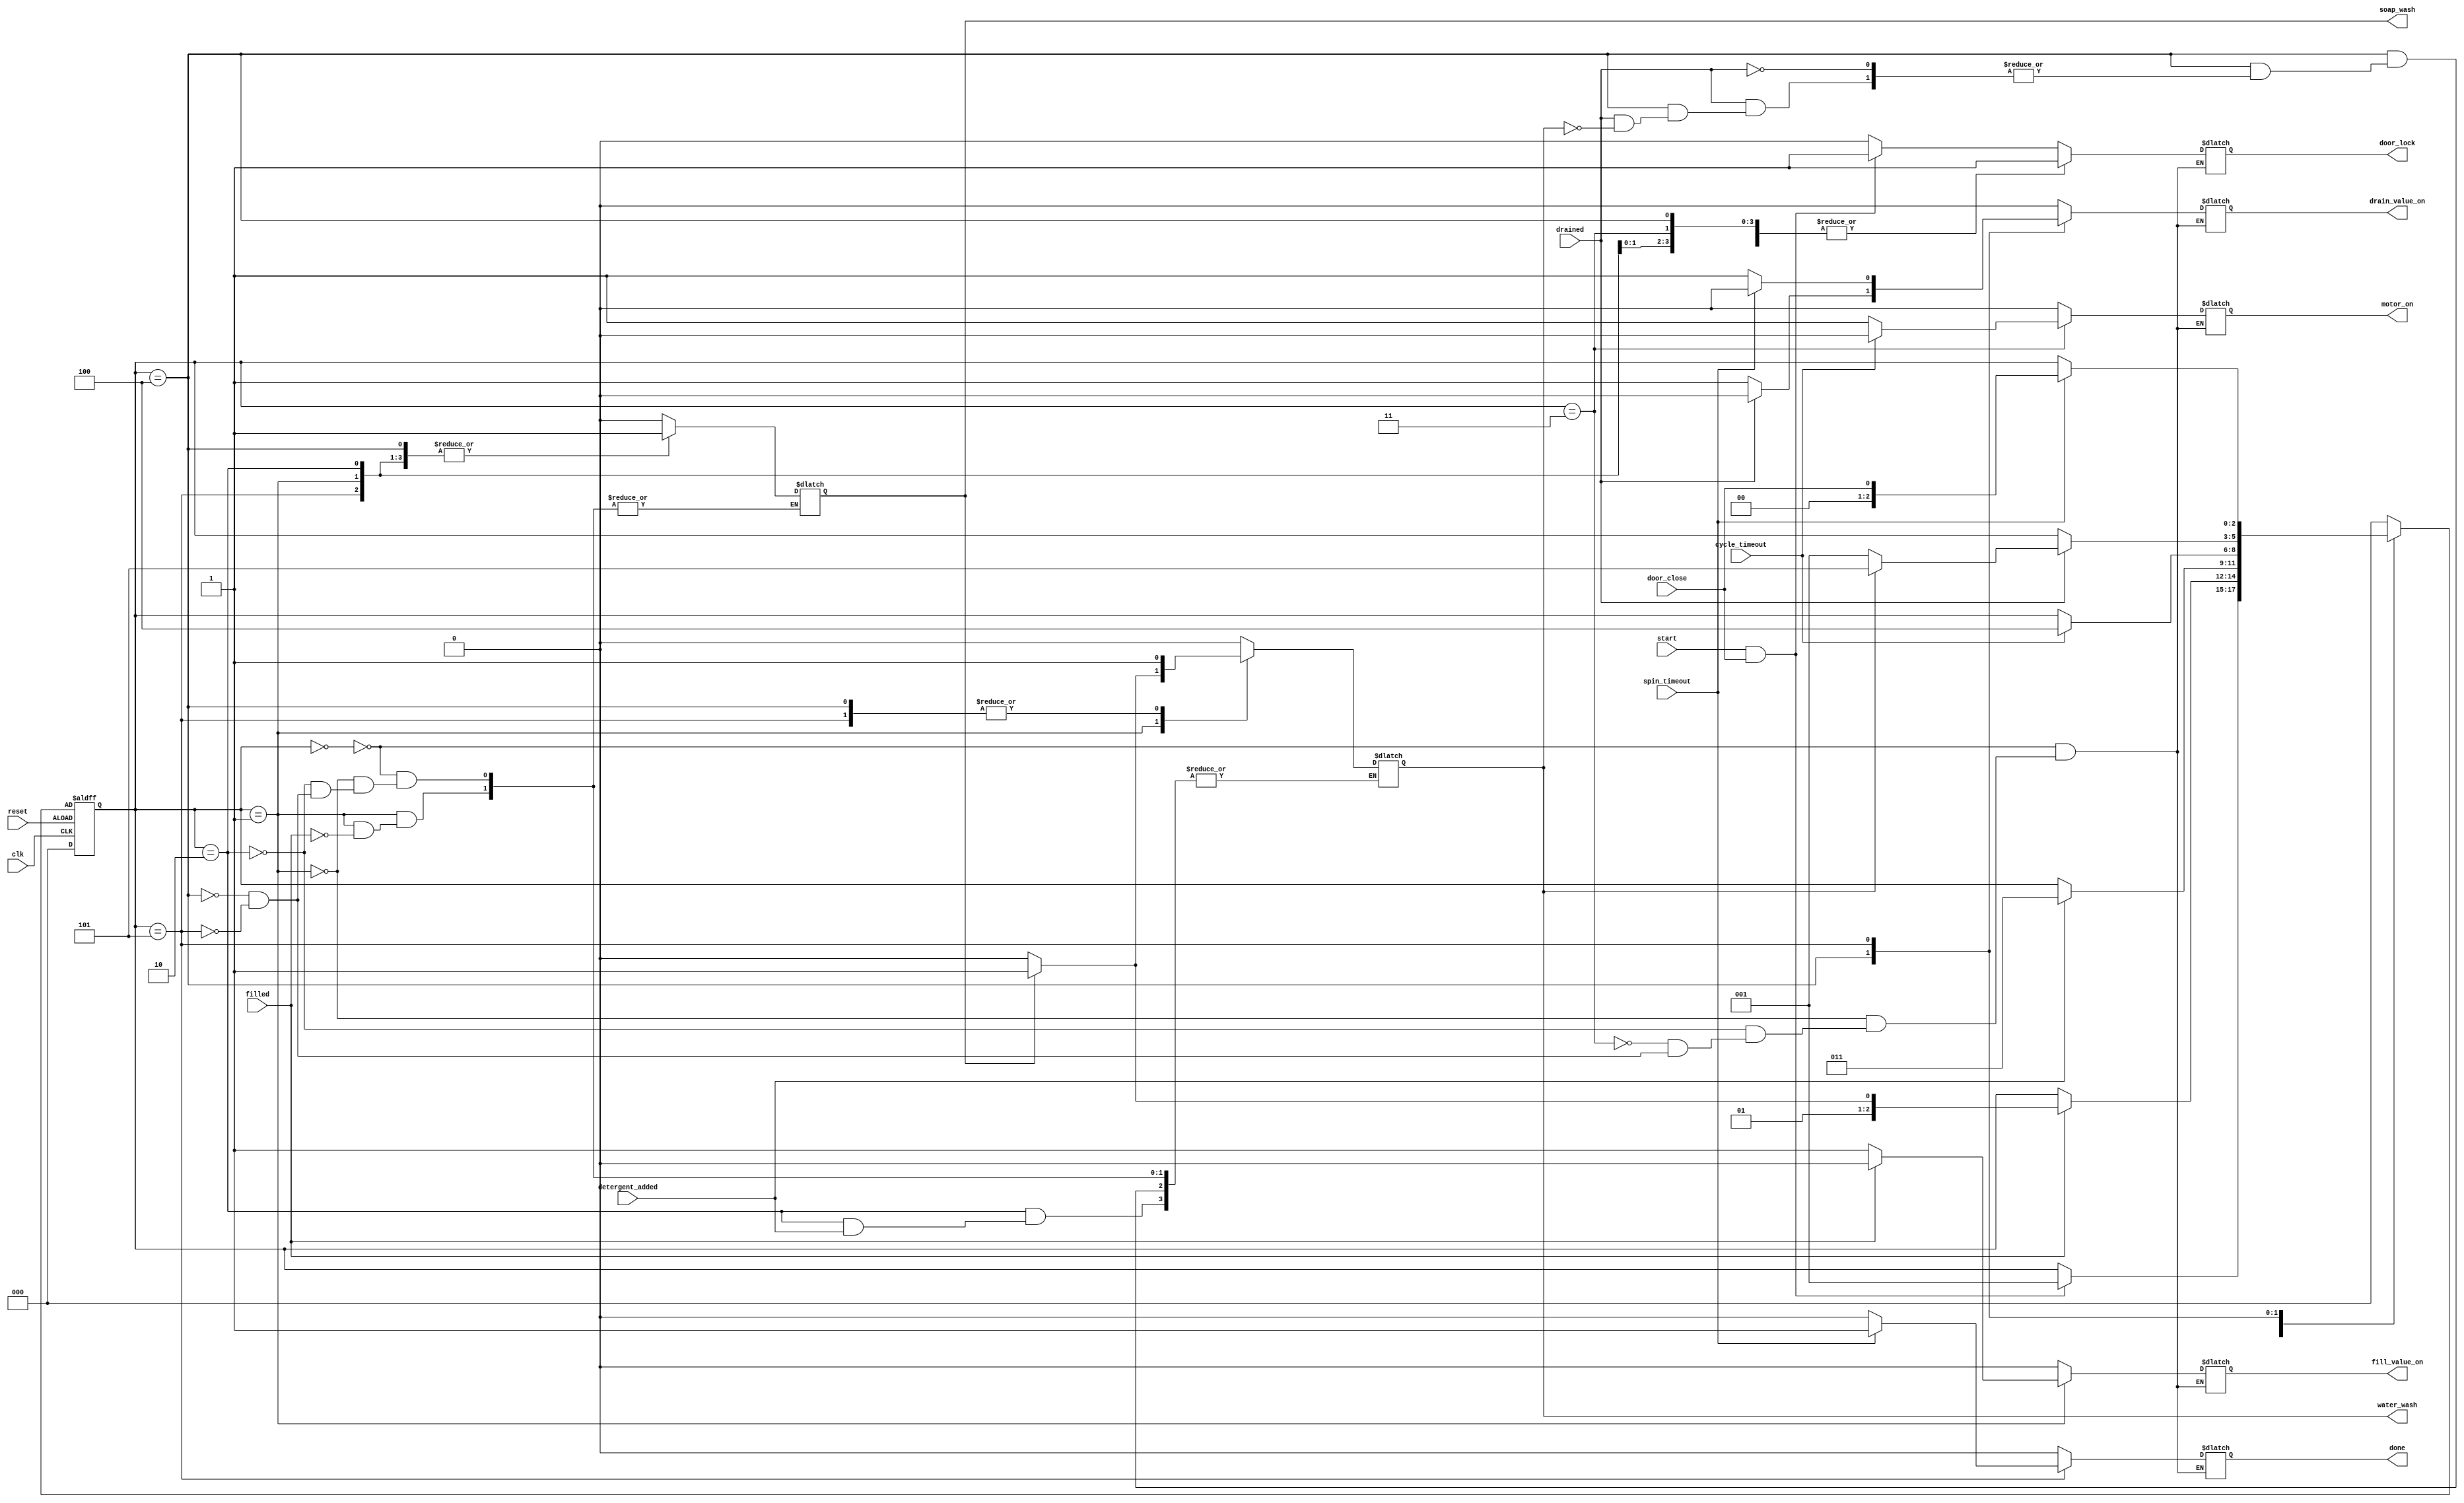
`timescale 10ns / 1ps

/////////////////////////////////
/////////////////////////////////
/////////////////////////////////
module automatic_washing_machine(clk, reset, door_close, start, filled, detergent_added, cycle_timeout, drained, spin_timeout, door_lock, motor_on, fill_value_on, drain_value_on, done, soap_wash, water_wash);

	input clk, reset, door_close, start, filled, detergent_added, cycle_timeout, drained, spin_timeout;
	output reg door_lock, motor_on, fill_value_on, drain_value_on, done, soap_wash, water_wash; 
	
	//defining the states
	parameter check_door = 3'b000;
	parameter fill_water = 3'b001;
	parameter add_detergent = 3'b010;
	parameter cycle = 3'b011;
	parameter drain_water = 3'b100;
	parameter spin = 3'b101;
	
	reg[2:0] current_state, next_state;
	
	always@(current_state or start or door_close or filled or detergent_added or drained or cycle_timeout or spin_timeout)
	begin
	case(current_state)
		check_door:
			if(start==1 && door_close==1)
			begin
				next_state = fill_water;
				motor_on = 0;
				fill_value_on = 0;
				drain_value_on = 0;
				door_lock = 1;
				soap_wash = 0;
				water_wash = 0;
				done = 0;
			end
			else
			begin
				next_state = current_state;
				motor_on = 0;
				fill_value_on = 0;
				drain_value_on = 0;
				door_lock = 0;
				soap_wash = 0;
				water_wash = 0;
				done = 0;
			end
			
			fill_water:
			if (filled==1)
			begin
				if(soap_wash == 0)
				begin
					next_state = add_detergent;
					motor_on = 0;
					fill_value_on = 0;
					drain_value_on = 0;
					door_lock = 1;
					soap_wash = 1;
					water_wash = 0;
					done = 0;
				end
				else
				begin
					next_state = cycle;
					motor_on = 0;
					fill_value_on = 0;
					drain_value_on = 0;
					door_lock = 1;
					soap_wash = 1;
					water_wash = 1;
					done = 0;
				end
			end
			else
			begin
				next_state = current_state;
				motor_on = 0;
				fill_value_on = 1;
				drain_value_on = 0;
				door_lock = 1;
				done = 0;
			end
			add_detergent:
			if(detergent_added==1)
			begin
				next_state = cycle;
				motor_on = 0;
				fill_value_on = 0;
				drain_value_on = 0;
				door_lock = 1;
				soap_wash = 1;
				done = 0;
			end
			else
			begin
				next_state = current_state;
				motor_on = 0;
				fill_value_on = 0;
				drain_value_on = 0;
				door_lock = 1;
				soap_wash = 1;
				water_wash = 0;
				done = 0;
			end
			cycle:
			if(cycle_timeout == 1)
			begin
				next_state = drain_water;
				motor_on = 0;
				fill_value_on = 0;
				drain_value_on = 0;
				door_lock = 1;
				//soap_wash = 1;
				done = 0;
			end
			else
			begin
				next_state = current_state;
				motor_on = 1;
				fill_value_on = 0;
				drain_value_on = 0;
				door_lock = 1;
				//soap_wash = 1;
				done = 0;
			end
			drain_water:
			 if(drained==1)
			 begin
				if(water_wash==0)
				begin
					next_state = fill_water;
					motor_on = 0;
					fill_value_on = 0;
					drain_value_on = 0;
					door_lock = 1;
					soap_wash = 1;
					//water_wash = 1;
					done = 0;
				end
				else
				begin
				next_state = spin;
					motor_on = 0;
					fill_value_on = 0;
					drain_value_on = 0;
					door_lock = 1;
					soap_wash = 1;
					water_wash = 1;
					done = 0;
				end
			end
			else
			begin
				next_state = current_state;
				motor_on = 0;
				fill_value_on = 0;
				drain_value_on = 1;
				door_lock = 1;
				soap_wash = 1;
				//water_wash = 1;
				done = 0;
			end
			spin:
			if(spin_timeout==1)
			begin
				next_state = door_close;
				motor_on = 0;
				fill_value_on = 0;
				drain_value_on = 0;
				door_lock = 1;
				soap_wash = 1;
				water_wash = 1;
				done = 1;
			end
			else
			begin
				next_state = current_state;
				motor_on = 0;
				fill_value_on = 0;
				drain_value_on = 1;
				door_lock = 1;
				soap_wash = 1;
				water_wash = 1;
				done = 0;
			end
			default:
				next_state = check_door;
				
			endcase
	end
	
	always@(posedge clk or negedge reset)
	begin
		if(reset)
		begin
			current_state<=3'b000;
		end
		else
		begin
			current_state<=next_state;
		end
	end
	
endmodule

`timescale 10ns / 1ps

module new_test();
    reg clk, reset, door_close, start, filled, detergent_added, cycle_timeout, drained, spin_timeout;
    wire door_lock, motor_on, fill_value_on, drain_value_on, done, soap_wash, water_wash;

    // Instantiate the automatic washing machine module
    automatic_washing_machine machine1 (
        .clk(clk),
        .reset(reset),
        .door_close(door_close),
        .start(start),
        .filled(filled),
        .detergent_added(detergent_added),
        .cycle_timeout(cycle_timeout),
        .drained(drained),
        .spin_timeout(spin_timeout),
        .door_lock(door_lock),
        .motor_on(motor_on),
        .fill_value_on(fill_value_on),
        .drain_value_on(drain_value_on),
        .done(done),
        .soap_wash(soap_wash),
        .water_wash(water_wash)
    );

    // Initialize the waveform dump
    initial begin
        $dumpfile("dump.vcd");
        $dumpvars(0, new_test);
    end

    // Clock generation
    always begin
        #5 clk = ~clk; // Toggle clock every 5 time units
    end

    // Test sequence
    initial begin
        // Initialize inputs
        clk = 0;
        reset = 1;
        start = 0;
        door_close = 0;
        filled = 0;
        drained = 0;
        detergent_added = 0;
        cycle_timeout = 0;
        spin_timeout = 0;

        // Apply test vectors
        #5 reset = 0;
        #5 start = 1; door_close = 1;
        #10 filled = 1;
        #10 detergent_added = 1;
        #10 cycle_timeout = 1;
        #10 drained = 1;
        #10 spin_timeout = 1;
        #10 $finish; // End the simulation
    end

    // Monitor signals
    initial begin
        $monitor("Time=%d, Clock=%b, Reset=%b, Start=%b, Door_Close=%b, Filled=%b, Detergent_Added=%b, Cycle_Timeout=%b, Drained=%b, Spin_Timeout=%b, Door_Lock=%b, Motor_On=%b, Fill_Valve_On=%b, Drain_Valve_On=%b, Soap_Wash=%b, Water_Wash=%b, Done=%b",
                 $time, clk, reset, start, door_close, filled, detergent_added, cycle_timeout, drained, spin_timeout, door_lock, motor_on, fill_value_on, drain_value_on, soap_wash, water_wash, done);
    end

endmodule